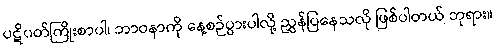
ပဋိပတ်ကြိုးစာပါ၊ ဘာဝနာကို နေ့စဉ်ပွားပါလို့ ညွှန်ပြနေသလို ဖြစ်ပါတယ် ဘုရား။